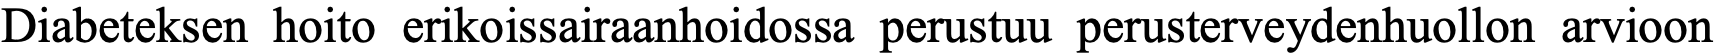
Diabeteksen hoito erikoissairaanhoidossa perustuu perusterveydenhuollon arvioon